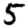
Digit: 5